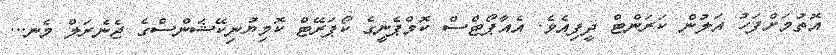
އޮތުމަށްފަހު އަލުން ކަރަންޓް ދީފިއެވެ. އެއާޕޯޓްސް ކޮމްޕެނީގެ ކޯޕަރޭޓް ކޮމިޔުނިކޭޝަންސްގެ ޖެނެރަލް މެނ...